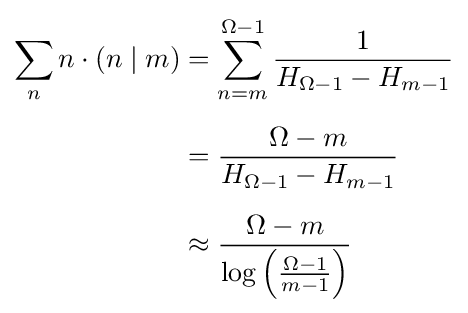
{\begin{aligned}\sum _{n}n\cdot (n\mid m)&=\sum _{n=m}^{\Omega -1}{\frac {1}{H_{\Omega -1}-H_{m-1}}}\\[5pt]&={\frac {\Omega -m}{H_{\Omega -1}-H_{m-1}}}\\[5pt]&\approx {\frac {\Omega -m}{\log \left({\frac {\Omega -1}{m-1}}\right)}}\end{aligned}}